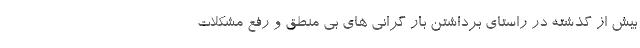
بیش از گذشته در راستای برداشتن بار گرانی های بی منطق و رفع مشکلات